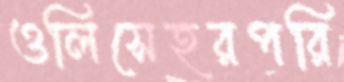
ওলিসেহরপরি